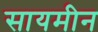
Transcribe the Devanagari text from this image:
सायमीन